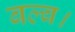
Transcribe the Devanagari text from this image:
बल्ब।